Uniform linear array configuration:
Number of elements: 48
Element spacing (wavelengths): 0.75
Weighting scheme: hann
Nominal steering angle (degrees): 45
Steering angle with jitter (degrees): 45.099
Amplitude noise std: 0.05
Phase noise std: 0.05

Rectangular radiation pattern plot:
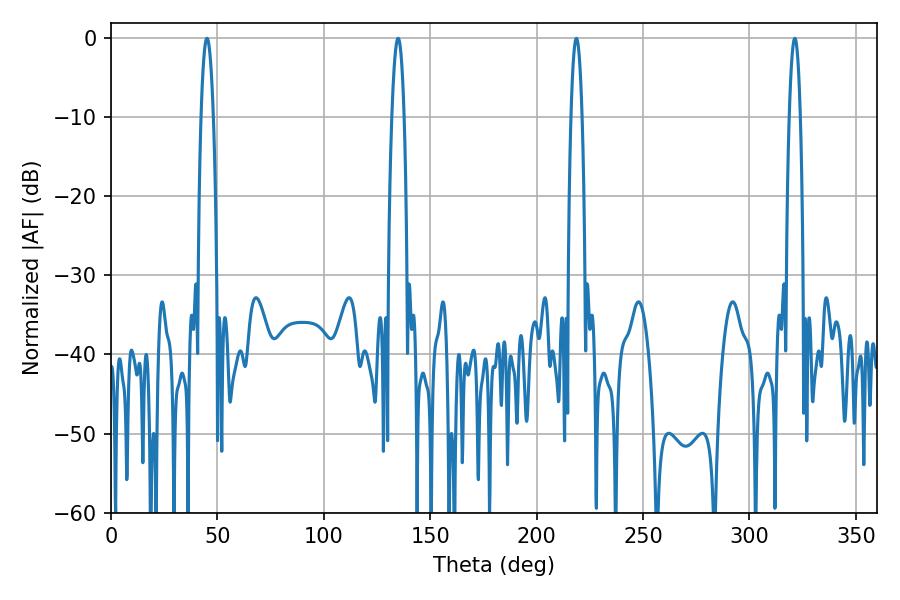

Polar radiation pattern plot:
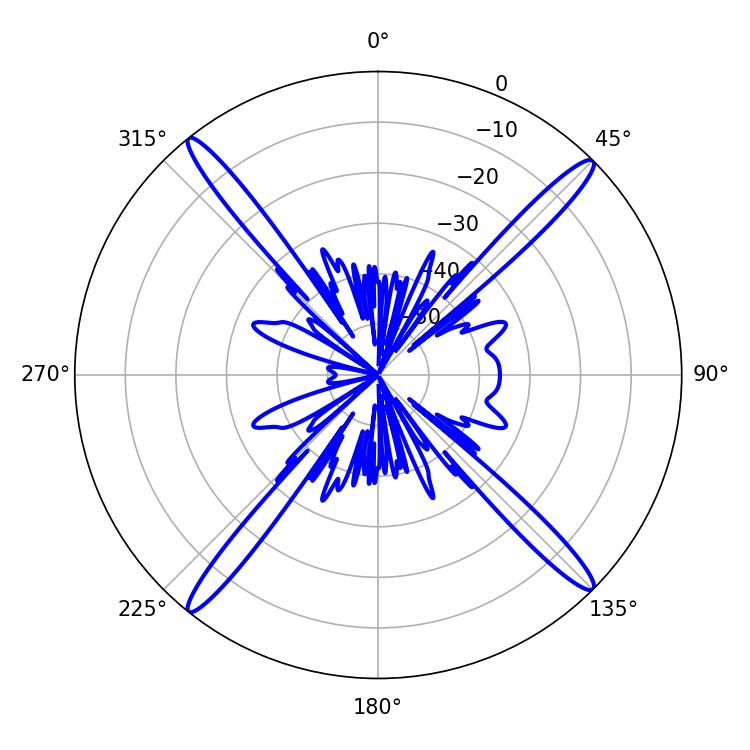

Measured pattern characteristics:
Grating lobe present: TRUE
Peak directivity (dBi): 20.58
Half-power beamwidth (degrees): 2.88
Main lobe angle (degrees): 218.7